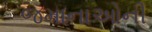
જમાનાઓની